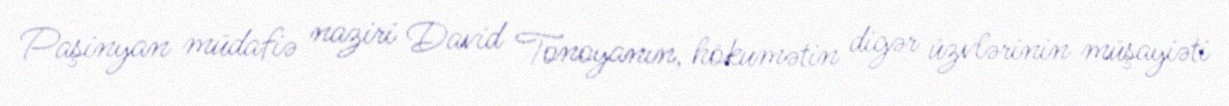
Paşinyan müdafiə naziri David Tonoyanın, hökumətin digər üzvlərinin müşayiəti